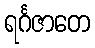
ရင်္ဂဇာတေ